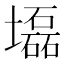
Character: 𡓃